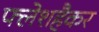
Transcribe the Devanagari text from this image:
फ्लेशहैकर